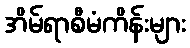
အိမ်ရာစီမံကိန်းများ